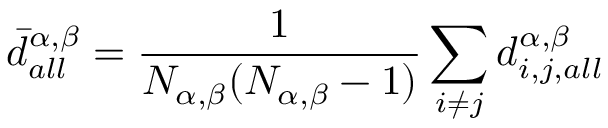
\displaystyle \bar { d } _ { a l l } ^ { \alpha , \beta } = \frac { 1 } { N _ { \alpha , \beta } ( N _ { \alpha , \beta } - 1 ) } \sum _ { i \neq j } { d _ { i , j , a l l } ^ { \alpha , \beta } }